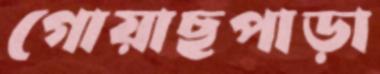
গোয়াছপাড়া